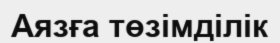
Аязға төзімділік